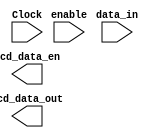
module lcd_write(
	input Clock,
	input enable,
	input [87:0] data_in,
	output [7:0] lcd_data_out,
	output lcd_data_en
);


parameter 		WAIT = 1'b0,
				SEND = 1'b1;

reg [7:0] data_out;
reg [3:0] bytes_sent;
reg [1:0] reg_state, next;
reg reg_en, new_data;

// Detects everytime data changes
/*always @ (data_in) begin
	bytes_sent <= 4'd0;
end*/

always @ (posedge Clock) begin
	reg_state <= next;
end

always @ (*) begin
	if (enable == 1'b0) begin
		next <= WAIT;
	end
	else begin
		case (reg_state)
			WAIT: begin
				reg_en <= 1'b0;
				data_out <= data_in[7+(bytes_sent*8)-:8];
				if (bytes_sent == 4'd11) begin
					next <= WAIT;
				end
				else begin
					next <= SEND;
				end
			end
			SEND: begin
				reg_en <= 1'b1;
				bytes_sent <= bytes_sent + 1'b1;
				next <= WAIT;
			end
		endcase
	end
end

// IDLE
// WRITE CHAR
endmodule